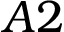
A 2